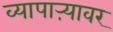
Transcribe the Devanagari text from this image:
व्यापाऱ्यावर